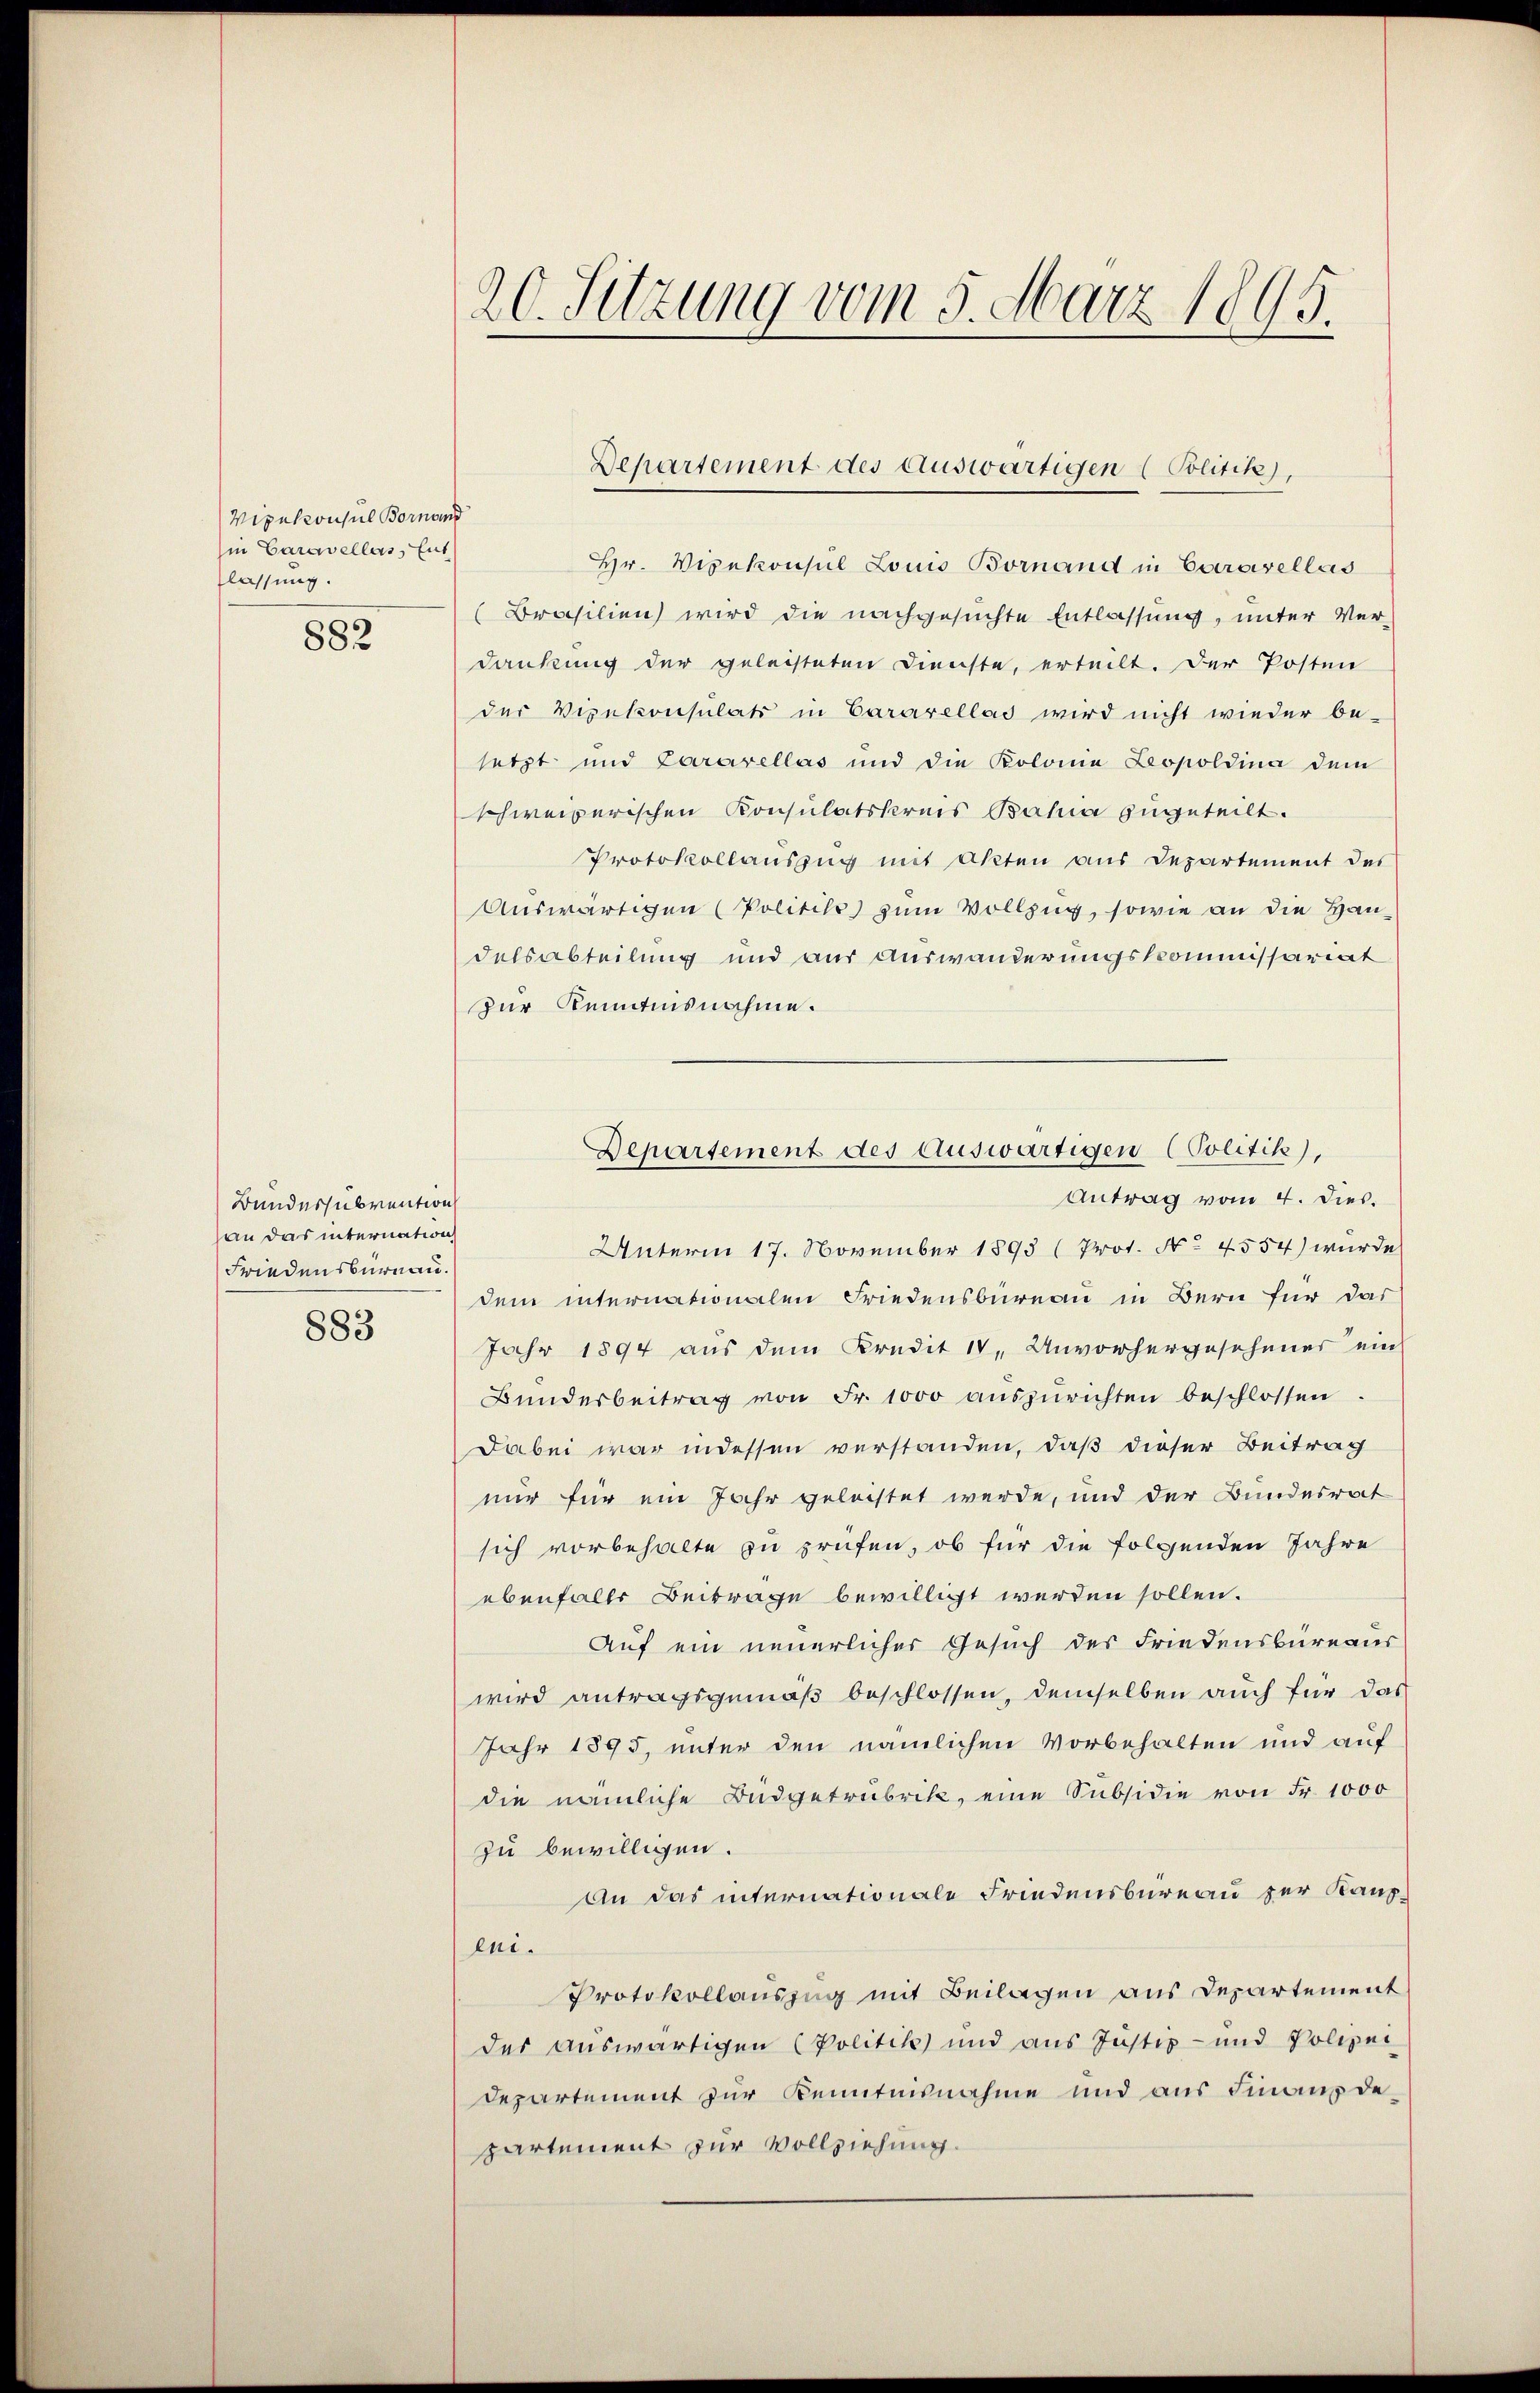
Vipekonsul Bornand
in Caravellas, Ent
lassung.

882

Bundessubvention
an das internation
Friedensburnau.

883

Hr. Vizekonsul Louis Bornand in Caravellas
(Brasilien wird die nachgesuchte Entlassung, unter Verdankung der geleisteten Dienste, erteilt. Der Posten
der Vizekonsulats in Cararellas wird nicht wieder be-
setzt und Lararellas und die Kolonia Leopoldina dem
schweizerischen Konsulatskreis Bahia zugeteilt.
Protokollauszug mit Akten aus Departement des
Auswärtigen (Politik zum Vollzug, sowie an die Handelsabteilung und aus Auswanderungskommissariat
zur Kenntnisnahme.
Antrag vom 4. Dies.
Unterm 17. November 1893 (Prot. No 4554) wurde
dem internationalen Friedensbureau in Bern für das
Jahr 1894 aus dem Kredit 14, Unvorhergesehener ein
Bŭndesbeitrag von Fr. 1000 aŭszŭrichten beschlossen.
Dabei war indessen verstanden, daß dieser Beitrag
nur für ein Jahr geleistet werde, und der Bundesrat
sich vorbehalte zu prüfen, ob für die folgenden Jahre
ebenfalls Beitrage bewilligt werden sollen.
Auf ein neuerlicher Gesuch des Friedensbureaus
wird antragsgemäß beschlossen, demselben auch für das
Jahr 1895, unter den nämlichen Vorbehalten und auf
die nämliche Budgetrubrik, eine Subsidie von Fr. 1000
zu bewilligen.
An das internationale Friedensbureau zur Kaupeni.
Protokollauszug mit Beilagen aus Departement
der auswärtigen Politik und aus Justiz- und Polizei
Departement zur Kenntnisnahme und aus Finanzdepartement zur Vollziehung.

20. Setzung vom 5. März 1895.

Departement des auswärtigen (Politik),

Departement des auswärtigen (Politik),